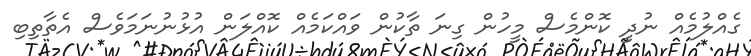
ގެއްލުމެއް ނުދީ ކޮންމެސް މީހުން ގިނަ ތާކުން ވައްކަމެއް ކޮއްލަން އުޅުނުނަމަވެސް އެތާތިބި